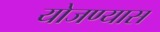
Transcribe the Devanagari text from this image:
योजण्यास